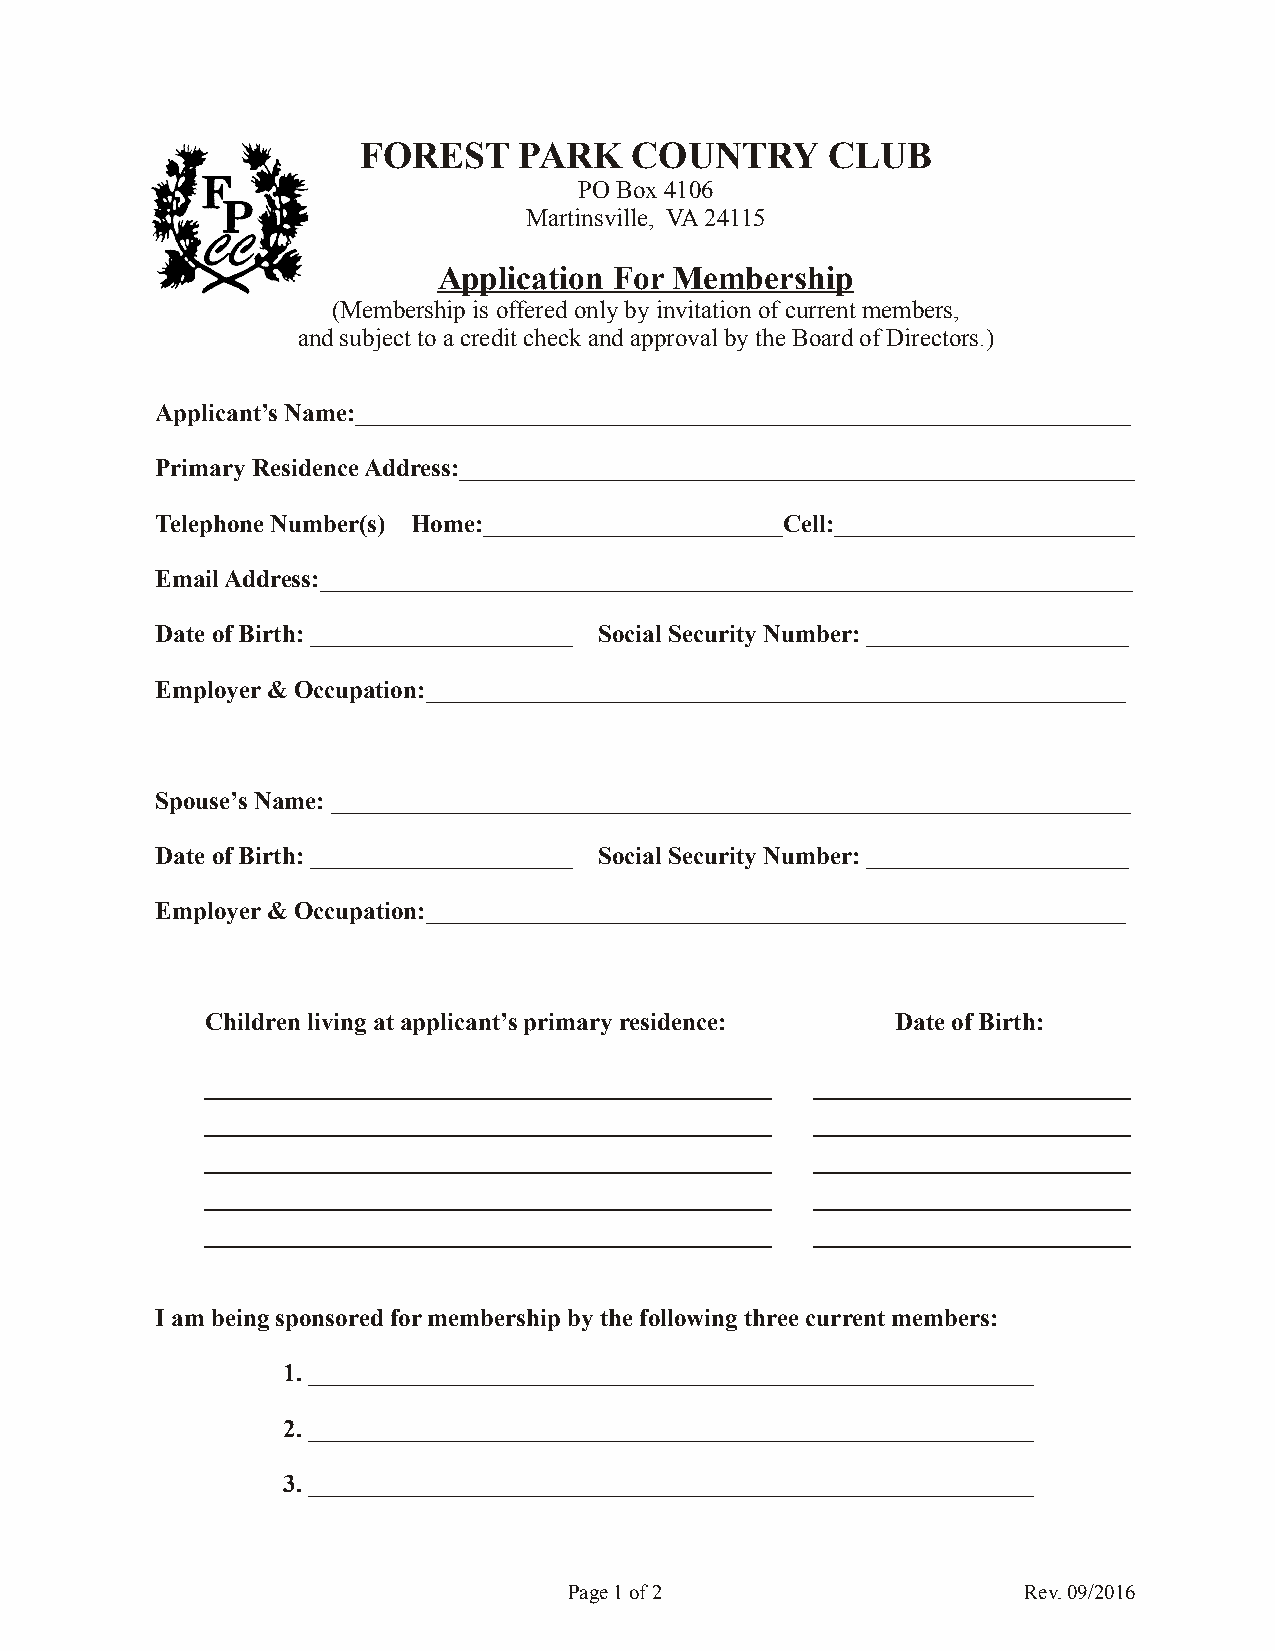
FOREST    PARK    COUNTRY      CLUB
 PO Box 4106
 Martinsville, VA 24115
 Application For Membership
 (Membership is offered only by invitation of current members,
 and subject to a credit check and approval by the Board of Directors.)
 Applicant’s Name:______________________________________________________________
 Primary Residence Address:______________________________________________________
 Telephone Number(s) Home:________________________Cell:________________________
 Email Address:_________________________________________________________________
 Date of Birth: _____________________ Social Security Number: _____________________
 Employer & Occupation:________________________________________________________
 Spouse’s Name: ________________________________________________________________
 Date of Birth: _____________________ Social Security Number: _____________________
 Employer & Occupation:________________________________________________________
 Children living at applicant’s primary residence: Date of Birth:
 __________________________________      ___________________
 __________________________________      ___________________
 __________________________________      ___________________
 __________________________________      ___________________
 __________________________________      ___________________
 I am being sponsored for membership by the following three current members:
 1. __________________________________________________________
 2. __________________________________________________________
 3. __________________________________________________________
 Page 1 of 2                   Rev. 09/2016